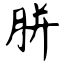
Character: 胼